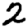
Digit: 2